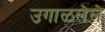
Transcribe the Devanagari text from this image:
उगाळलेले